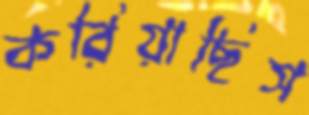
করিয়াছিস